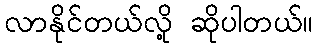
လာနိုင်တယ်လို့ ဆိုပါတယ်။